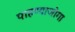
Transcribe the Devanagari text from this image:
पाहण्याजोगा